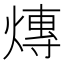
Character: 𤍿